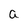
Character: a